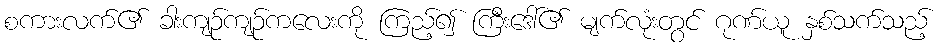
စကားလက်၏ ခါးကျဉ်ကျဉ်ကလေးကို ကြည့်၍ ကြီးဒေါ်၏ မျက်လုံးတွင် ဂုဏ်ယူ နှစ်သက်သည့်